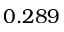
0 . 2 8 9